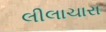
લીલાચારા